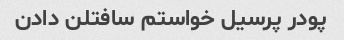
پودر پرسیل خواستم سافتلن دادن